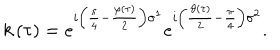
k \left( \tau \right) = e ^ { i \left( \frac { \pi } { 4 } - \frac { \varphi \left( \tau \right) } { 2 } \right) \sigma ^ { 1 } } e ^ { i \left( \frac { \vartheta \left( \tau \right) } { 2 } - \frac { \pi } { 4 } \right) \sigma ^ { 2 } } .